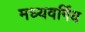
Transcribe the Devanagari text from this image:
मध्यवर्गिय